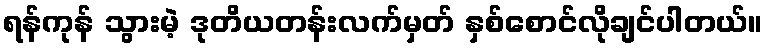
ရန်ကုန် သွားမဲ့ ဒုတိယတန်းလက်မှတ် နှစ်စောင်လိုချင်ပါတယ်။